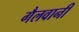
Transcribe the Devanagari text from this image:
गैलवानी